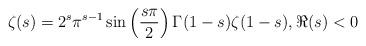
LaTeX: \begin{align*}\zeta(s) = 2^s\pi^{s-1}\sin\left(\frac{s\pi}{2}\right) \Gamma(1-s)\zeta(1-s),\Re(s)<0 \end{align*}